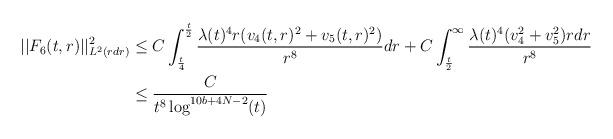
LaTeX: \begin{align*} ||F_{6}(t,r)||_{L^{2}(r dr)}^{2} &\leq C \int_{\frac{t}{4}}^{\frac{t}{2}} \frac{\lambda(t)^{4} r (v_{4}(t,r)^{2}+v_{5}(t,r)^{2})}{r^{8}} dr + C \int_{\frac{t}{2}}^{\infty} \frac{\lambda(t)^{4} (v_{4}^{2}+v_{5}^{2}) r dr}{r^{8}}\\&\leq \frac{C}{t^{8} \log^{10b+4N-2}(t)} \end{align*}